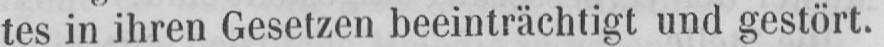
tes in ihren Gesetzen beeinträchtigt und gestört.